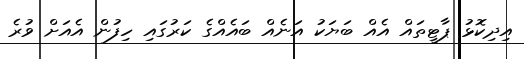
އިދިކޮޅު ޕާޓީތައް އެއް ބަޔަކު އަނެއް ބައެއްގެ ކަރުގައި ހިފުން އެއަށް ވުރެ